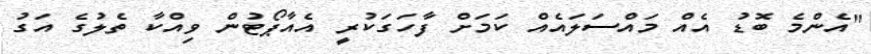
"އެންމެ ބޮޑު އެއް މައްސަލައެއް ކަމަށް ފާހަގަކުރީ އެއާޕޯޓުން ވިއްކާ ތެލުގެ އަގު